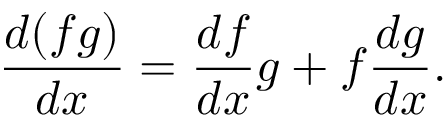
{ \frac { d ( f g ) } { d x } } = { \frac { d f } { d x } } g + f { \frac { d g } { d x } } .